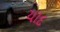
યાદ